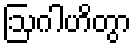
ဩဂါဟိတွာ